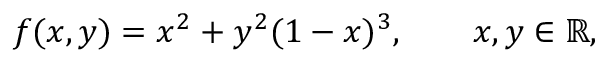
f ( x , y ) = x ^ { 2 } + y ^ { 2 } ( 1 - x ) ^ { 3 } , \qquad x , y \in \mathbb { R } ,